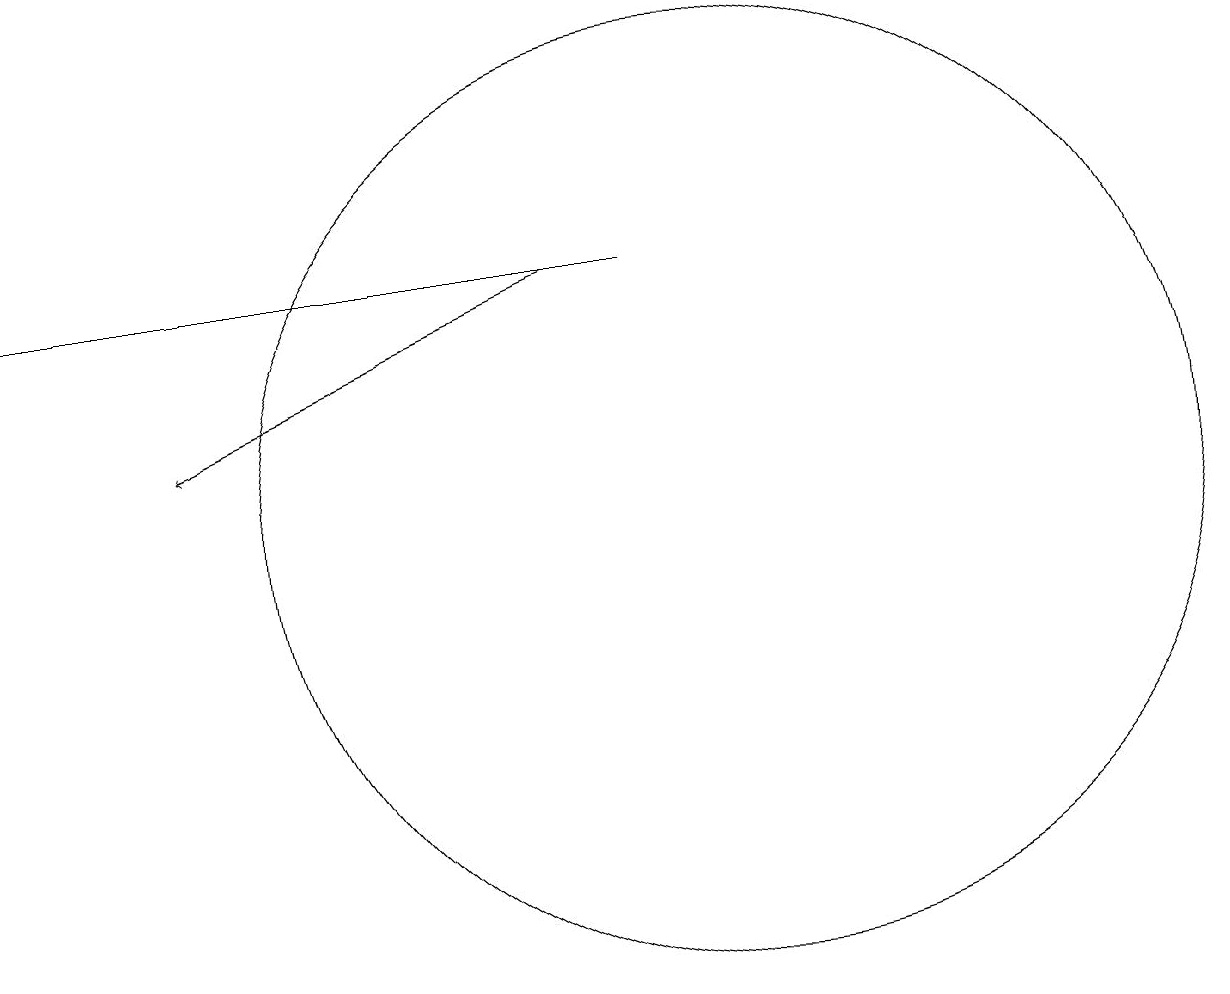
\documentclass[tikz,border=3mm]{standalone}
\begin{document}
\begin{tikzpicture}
\draw[->] (8,13) -- (3,11);
\draw (1,13) rectangle (9,13);
\draw (10,10) circle (6);
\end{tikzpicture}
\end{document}